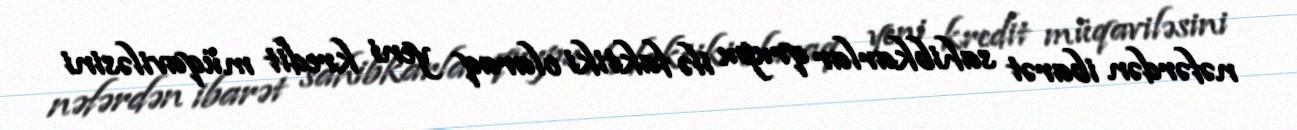
nəfərdən ibarət sahibkarlar qrupu ilə faktiki olaraq yeni kredit müqaviləsini